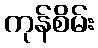
ကုန်စိမ်း